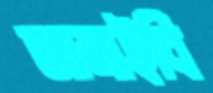
জানাইবি